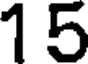
15